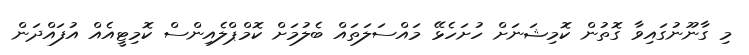
މި ގާނޫނުގައިވާ ގޮތުން ކޮމިޝަނަށް ހުށަހެޅޭ މައްސަލަތައް ބެލުމަށް ކޮމްޕްލެއިންސް ކޮމިޓީއެއް އުފައްދަން